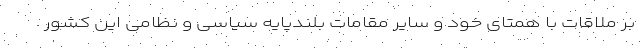
بر ملاقات با همتای خود و سایر مقامات بلندپایه سیاسی و نظامی این کشور